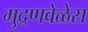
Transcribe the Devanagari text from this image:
मुद्रणवेळेस